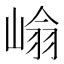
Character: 𭖺